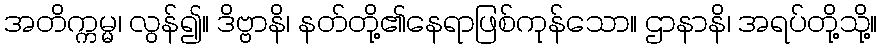
အတိက္ကမ္မ၊ လွန်၍။ ဒိဗ္ဗာနိ၊ နတ်တို့၏နေရာဖြစ်ကုန်သော။ ဌာနာနိ၊ အရပ်တို့သို့။